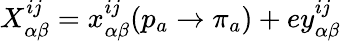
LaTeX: X_{\alpha\beta}^{ij}=x_{\alpha\beta}^{ij}(p_{a}\rightarrow\pi_{a})+ey_{\alpha\beta}^{ij}